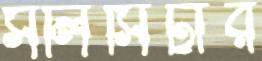
সলিসিটার